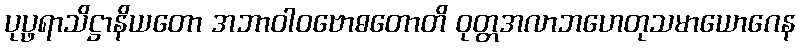
ပုပ္ဖရာသိဋ္ဌာနိယတော အဘာဝါဝဗောဓတောတိ ဝုတ္တအလာဘဟေတုသမာယောဂေန